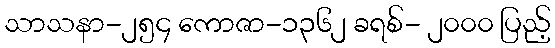
သာသနာ-၂၅၄ ကောဇာ-၁၃၆၂ ခရစ်- ၂၀၀၀ ပြည့်